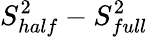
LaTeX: S_{half}^{2}-S_{full}^{2}